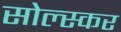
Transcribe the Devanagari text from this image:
सोल्स्कर